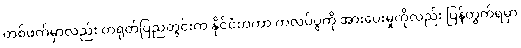
တစ်ဖက်မှာလည်း တရုတ်ပြည်တွင်းက နိုင်ငံတကာ ကလပ်ပွဲကို အားပေးမှုကိုလည်း ပြန်တွက်ရမှာ